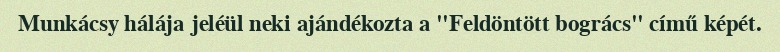
Munkácsy hálája jeléül neki ajándékozta a "Feldöntött bogrács" című képét.